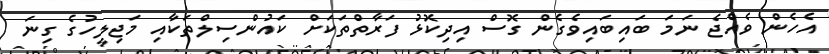
އެހެން ވެއްޖެ ނަމަ ބައިބައިވެގެން ގޮސް އިދިކޮޅު ފަރާތްތަކަށް ކައުންސިލްތަކާއި މަޖިލީހުގެ ގިނަ